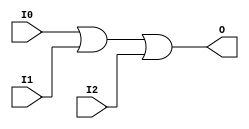
// $Header: /devl/xcs/repo/env/Databases/CAEInterfaces/xec_libs/data/unisims/OR3.v,v 1.1 2005/05/10 01:20:08 wloo Exp $

/*

FUNCTION	: 3-INPUT OR GATE

*/

`celldefine
`timescale  100 ps / 10 ps

module OR3 (O, I0, I1, I2);

    output O;

    input  I0, I1, I2;

    or O1 (O, I0, I1, I2);

endmodule